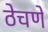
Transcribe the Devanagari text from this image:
ठेचणे